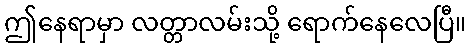
ဤနေရာမှာ လတ္တာလမ်းသို့ ရောက်နေလေပြီ။